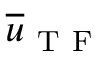
\overline { { u } } _ { \mathrm { ~ T ~ F ~ } }